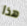
هذا